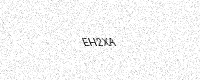
Text: EH2XA